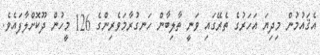
އެޤައުމުން މިދިޔަ އަހަރުގެ ތެރޭގައި ވަނީ ތާލިބާން ހަނގުރާމަވެރިންގެ 126 މީހުން ދޫކޮށްލާފައެވެ.